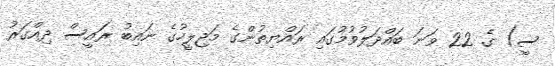
ސީ) ގެ 22 ވަނަ ބައްދަލުވުމުގައި ރައްޔިތުންގެ މަޖިލީހުގެ ނައިބު ރައީސް ދިއްގަރު